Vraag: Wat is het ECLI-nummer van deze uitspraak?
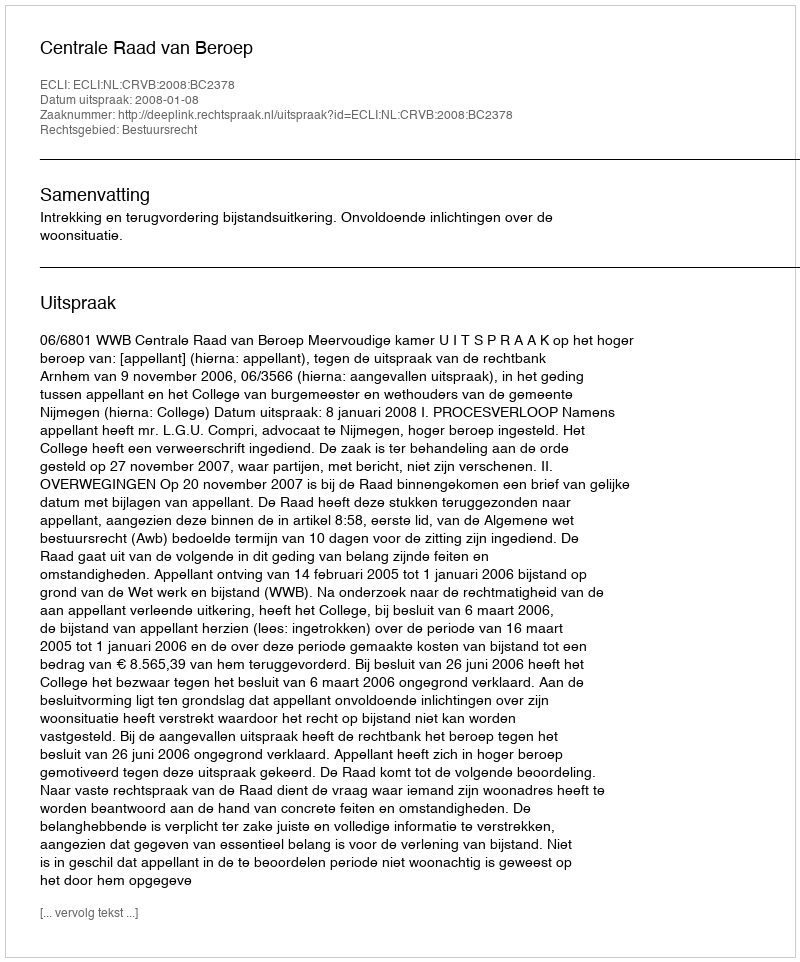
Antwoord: ECLI:NL:CRVB:2008:BC2378